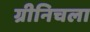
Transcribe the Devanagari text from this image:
ग्रीनिचला